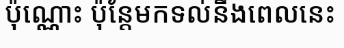
ប៉ុណ្ណោះ ប៉ុន្តែមកទល់នឹងពេលនេះ